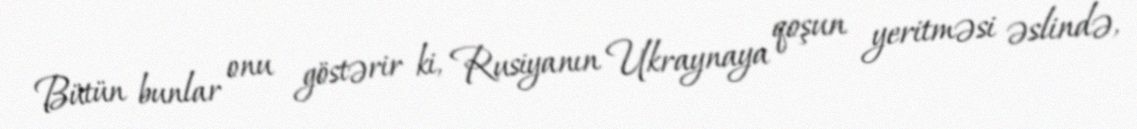
Bütün bunlar onu göstərir ki, Rusiyanın Ukraynaya qoşun yeritməsi əslində,